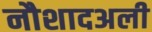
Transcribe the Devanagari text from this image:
नौशादअली